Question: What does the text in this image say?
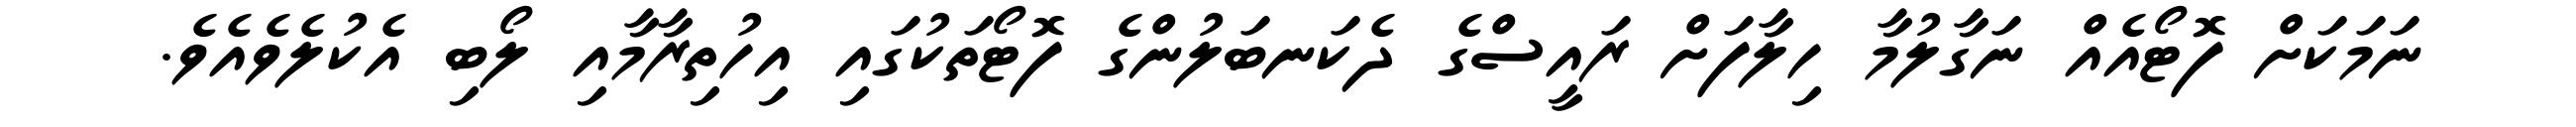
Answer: ނަމަކަށް ފޮޓޯއެއް ނަގާލުމާ ހިލާފަށް ރައީސްގެ ދެކަނބަލުންގެ ފޮޓޯތަކުގައި އިހުތިރާމާއި ލޯބި އެކުލެވެއެވެ.